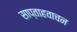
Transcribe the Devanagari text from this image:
साप्ताहवाचन